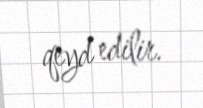
qeyd edilir.